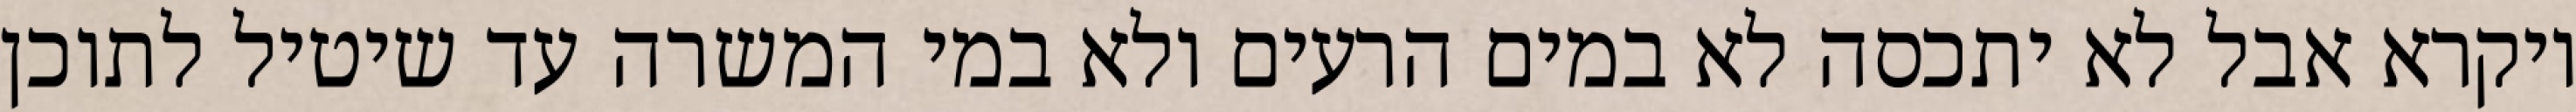
ויקרא אבל לא יתכסה לא במים הרעים ולא במי המשרה עד שיטיל לתוכן